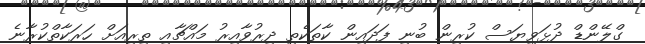
ގްލޭންޑް ދުޅަވިޔަސް ކުރިން ބުނި ފަދައިން ކާތަކެތި ދިރުވާއިރު މައްޗާއި ތިރިއަށް ހަރަކާތްކުރާނެ